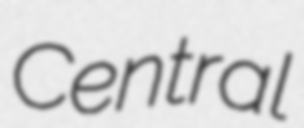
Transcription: Central